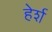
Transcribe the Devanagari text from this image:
हेर्श